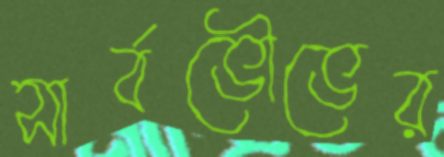
সার্বভৌভের